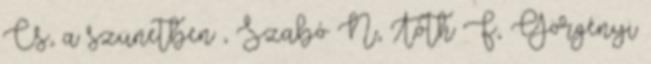
Cs., a szünetben , Szabó N., Tóth F., Görgényi